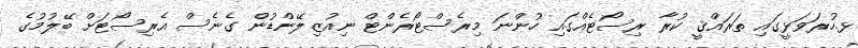
ޅ.ހުރަވަޅީގައި ތަރައްޤީ ކުރާ ރިސޯޓެއްގައި ހުންނަ މިރެސްޓޯރެންޓް ނިއުޒިލޭންޑުން ގެނެސް އެރިސޯޓަށް ބޭލުމުގެ